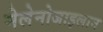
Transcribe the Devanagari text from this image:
मेलेनोजाइलान